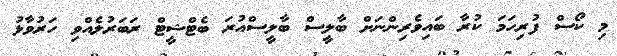
މި ކޯސް ފުރިހަމަ ކުރާ ބައިވެރިންނަށް ބާލީސް ބާލީސްއުރަ ބެޓްޝީޓް ރަބަރުލެއްވި ހަރުވާޅު